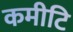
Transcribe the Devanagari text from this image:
कमीटि